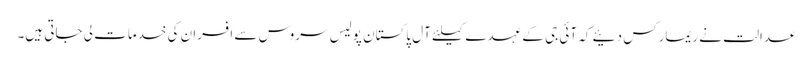
عدالت نے ریمارکس دئیے کہ آئی جی کے عہدے کیلئے آل پاکستان پولیس سروس سے افسران کی خدمات لی جاتی ہیں۔